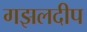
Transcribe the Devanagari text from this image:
गझलदीप